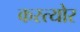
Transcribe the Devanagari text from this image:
कस्त्योर